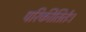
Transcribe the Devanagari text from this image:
परिकीतिर्तः।